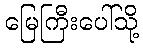
မြေကြီးပေါ်သို့